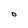
Character: O